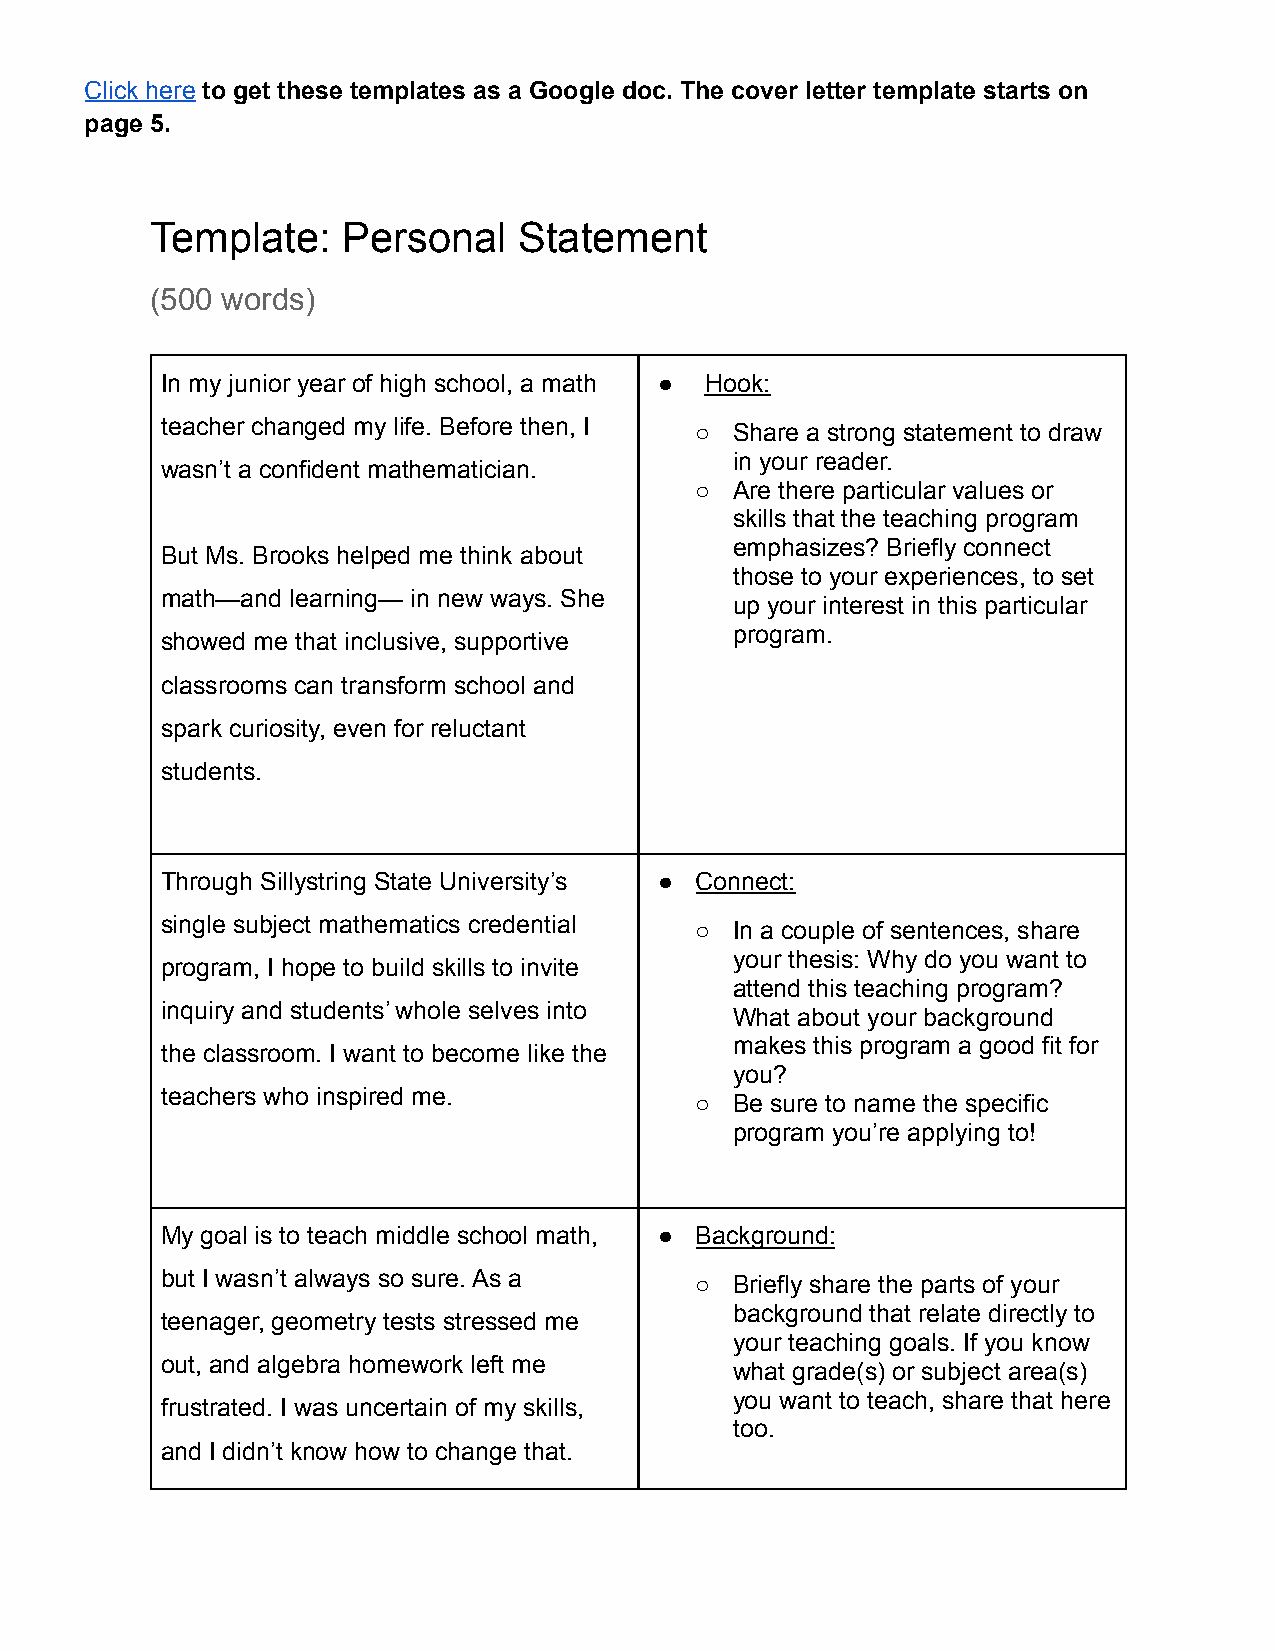
Click here to get these templates as a Google doc. The cover letter template starts on
 page 5.
 Template:    Personal   Statement
 (500 words)
 In my junior year of high school, a math ● Hook:
 teacher changed my life. Before then, I
 ○  Share a strong statement to draw
 in your reader.
 wasn’t a confident mathematician.
 ○  Are there particular values or
 skills that the teaching program
 emphasizes? Briefly connect
 But Ms. Brooks helped me think about
 those to your experiences, to set
 math—and learning— in new ways. She
 up your interest in this particular
 program.
 showed me that inclusive, supportive
 classrooms can transform school and
 spark curiosity, even for reluctant
 students.
 Through Sillystring State University’s ● Connect:
 single subject mathematics credential
 ○  In a couple of sentences, share
 your thesis: Why do you want to
 program, I hope to build skills to invite
 attend this teaching program?
 inquiry and students’ whole selves into
 What about your background
 makes this program a good fit for
 the classroom. I want to become like the
 you?
 teachers who inspired me.
 ○  Be sure to name the specific
 program you’re applying to!
 My goal is to teach middle school math, ● Background:
 but I wasn’t always so sure. As a
 ○  Briefly share the parts of your
 background that relate directly to
 teenager, geometry tests stressed me
 your teaching goals. If you know
 out, and algebra homework left me
 what grade(s) or subject area(s)
 you want to teach, share that here
 frustrated. I was uncertain of my skills,
 too.
 and I didn’t know how to change that.